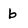
Character: b